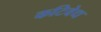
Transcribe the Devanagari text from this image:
कटिवेध